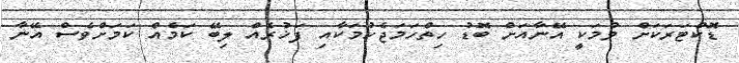
ޑޮކްޓަރަކަށް ވުމަކީ އޭނާއަށް ބޮޑު ހިތްހަމަޖެހުމަކާއި ފަޚުރެއް ލިބޭ ކަމެއް ކަމަށްވެސް އޭނާ